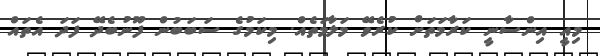
މިއީ އިންސާނީ ކަރާމަތަށް ކުރެވޭ މަލާމަތެއް. މިކަމުގެ ސަބަބުން ފޫނުބެދޭ ފަދަ އެތައް